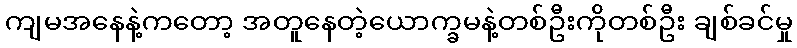
ကျမအနေနဲ့ကတော့ အတူနေတဲ့ယောက္ခမနဲ့တစ်ဦးကိုတစ်ဦး ချစ်ခင်မှု